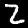
Label: 2